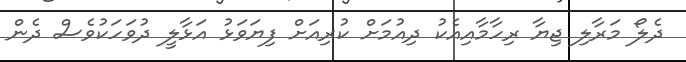
ދެލޯ މަރާލި ޖިޔާ ރިހާމާއިއެކު ދިއުމަށް ކުރިއަށް ފިޔަވަޅު އަޅާލީ ދުވަހަކުވެސް ދެން